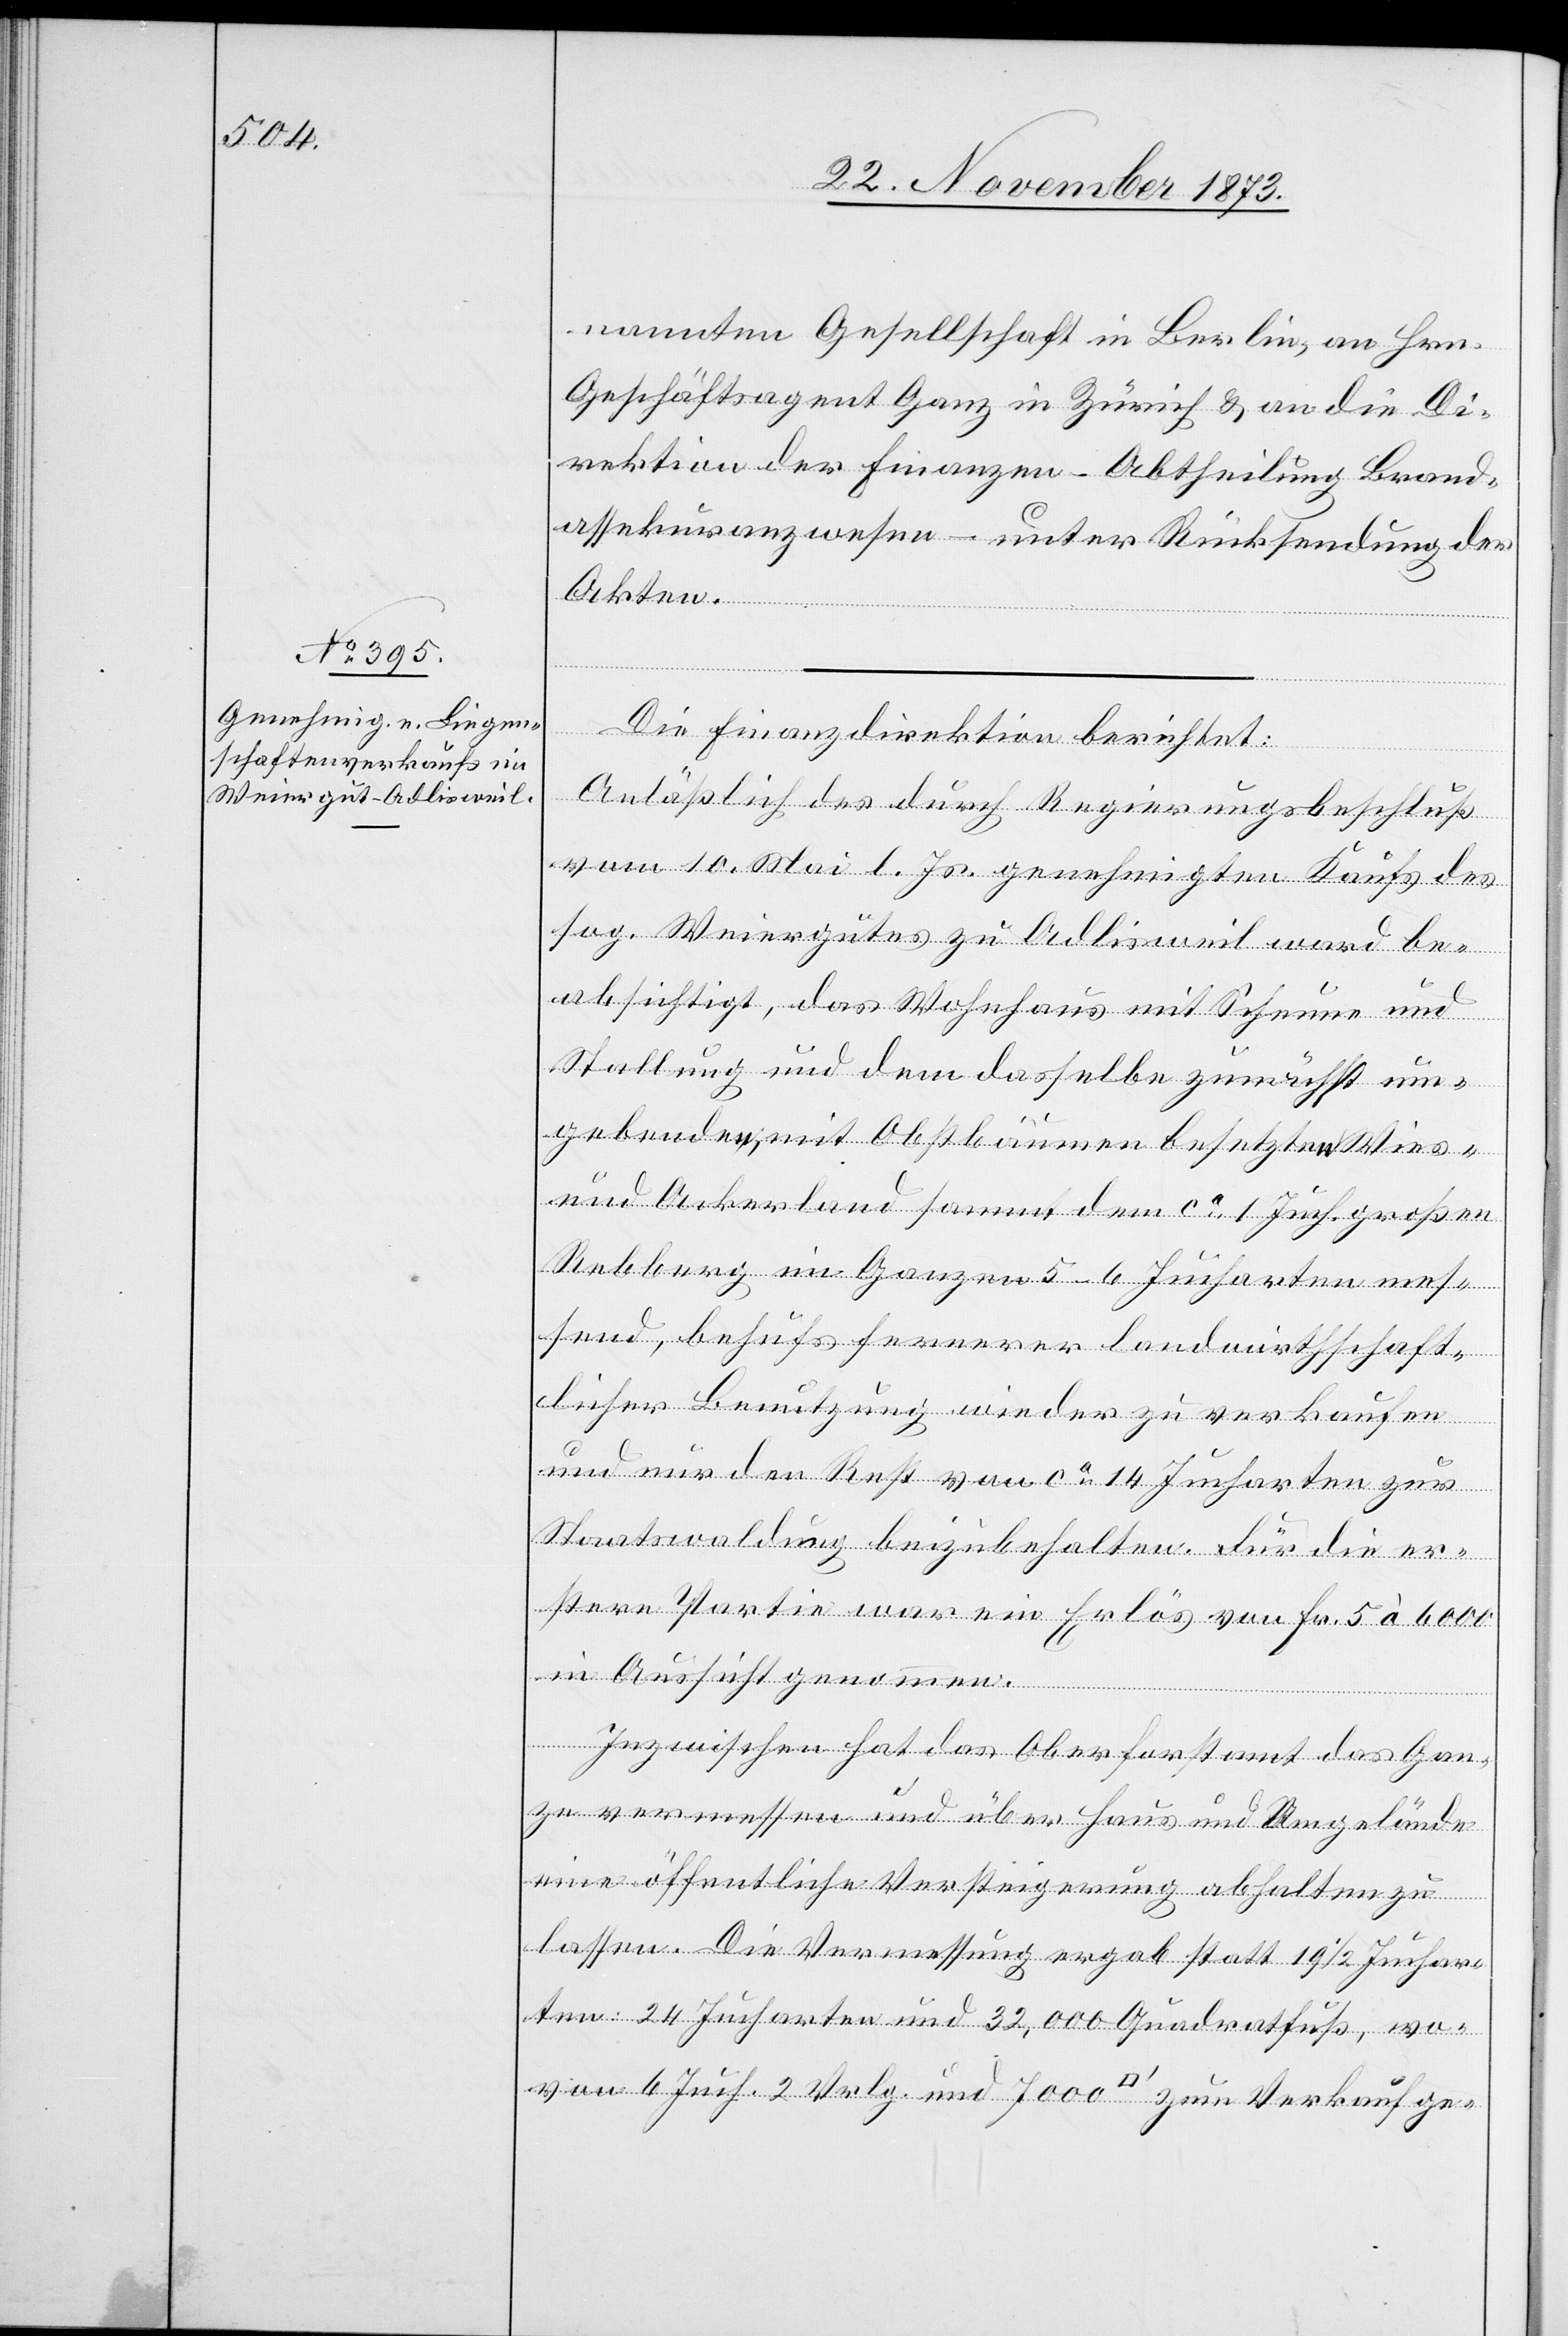
nannten Gesellschaft in Berlin, an Hrn.
Geschäftsagent Ganz in Zürich & an die Di¬
rektion der Finanzen – Abtheilung Brand¬
assekuranzwesen – unter Rücksendung der
Akten.
Die Finanzdirektion berichtet:
Anläßlich des durch Regierungsbeschluß
vom 10. Mai l. Js. genehmigten Kaufs des
sog. Weiergutes zu Adlisweil ward be¬
absichtigt, das Wohnhaus mit Scheune und
Stallung und dem dasselbe zunächst um¬
gebunden, mit Obstbäumen besetzten Wies-
und Ackerland [sic!] sammt dem ca 1 Juch. großen
Rebberg im Ganzen 5–6 Jucharten mes¬
send, behufs fernerer landwirthschaft¬
licher Benutzung wieder zu verkaufen
und nur den Rest von ca 14 Jucharten zur
Staatswaldung beizubehalten. Für die er¬
stere Partie war ein Erlös von Fr. 5 à 6 000
in Aussicht genommen.
Inzwischen hat das Oberforstamt das Gan¬
ze vermessen und über Haus und Umgelände
eine öffentliche Versteigerung abhalten zu
lassen [sic!]. Die Vermessung ergab statt 19 1/2 Juchar¬
ten: 24 Jucharten und 32,000 Quadratfuß, wo¬
von 6 Juch. 2 Vrlg. und 7 000 [Quadratfuss] zum Verkauf ge-